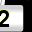
Digit: 2